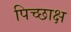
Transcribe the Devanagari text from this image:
पिच्छाक्ष